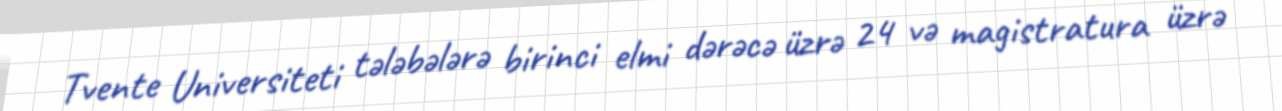
Tvente Universiteti tələbələrə birinci elmi dərəcə üzrə 24 və magistratura üzrə